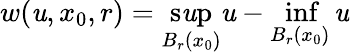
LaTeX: w(\mathit{u},x_{0},r)=\operatorname*{s\mathit{u}p}_{B_{r}(x_{0})}\mathit{u}-\operatorname*{inf}_{B_{r}(x_{0})}\mathit{u}